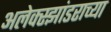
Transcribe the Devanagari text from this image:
अलेक्स्झांडराच्या